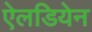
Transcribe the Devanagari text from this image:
ऐलडियेन